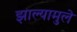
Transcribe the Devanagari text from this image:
झाल्यामुले